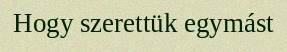
Hogy szerettük egymást